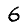
Digit: 6